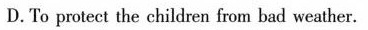
D.To prolect the children from bad weather.